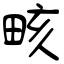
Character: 畡